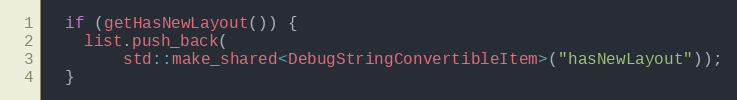
Language: C++
  if (getHasNewLayout()) {
    list.push_back(
        std::make_shared<DebugStringConvertibleItem>("hasNewLayout"));
  }